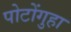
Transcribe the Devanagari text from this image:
पोटोंगुहा